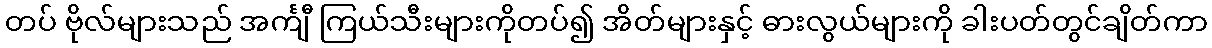
တပ် ဗိုလ်များသည် အင်္ကျီ ကြယ်သီးများကိုတပ်၍ အိတ်များနှင့် ဓားလွယ်များကို ခါးပတ်တွင်ချိတ်ကာ